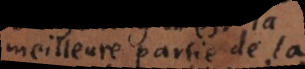
meilleure partie de la